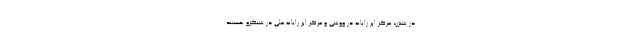
در شنژن، مرکز ابر رایانه در ووشی و مرکز ابر رایانه ملی در شنگژو هستند.